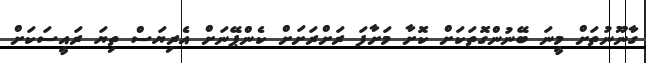
ގާނޫނުތަށް މީނަ ބޭނުންގޮތަކަށް ކޮށާ މަށާފަ ރަށްރަށަށް ކެންޕޭނަށް އެރިޔަސް ތިޔަ ރައީސަކަށް